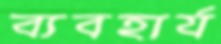
ব্যবহার্য